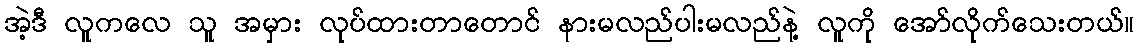
အဲ့ဒီ လူကလေ သူ အမှား လုပ်ထားတာတောင် နားမလည်ပါးမလည်နဲ့ လူကို အော်လိုက်သေးတယ်။